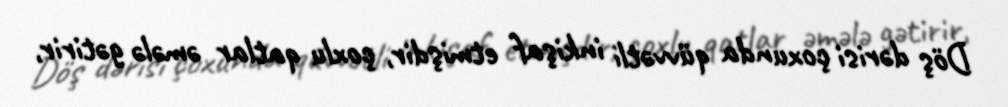
Döş dərisi çoxunda qüvvətli inkişaf etmişdir, çoxlu qatlar əmələ gətirir,